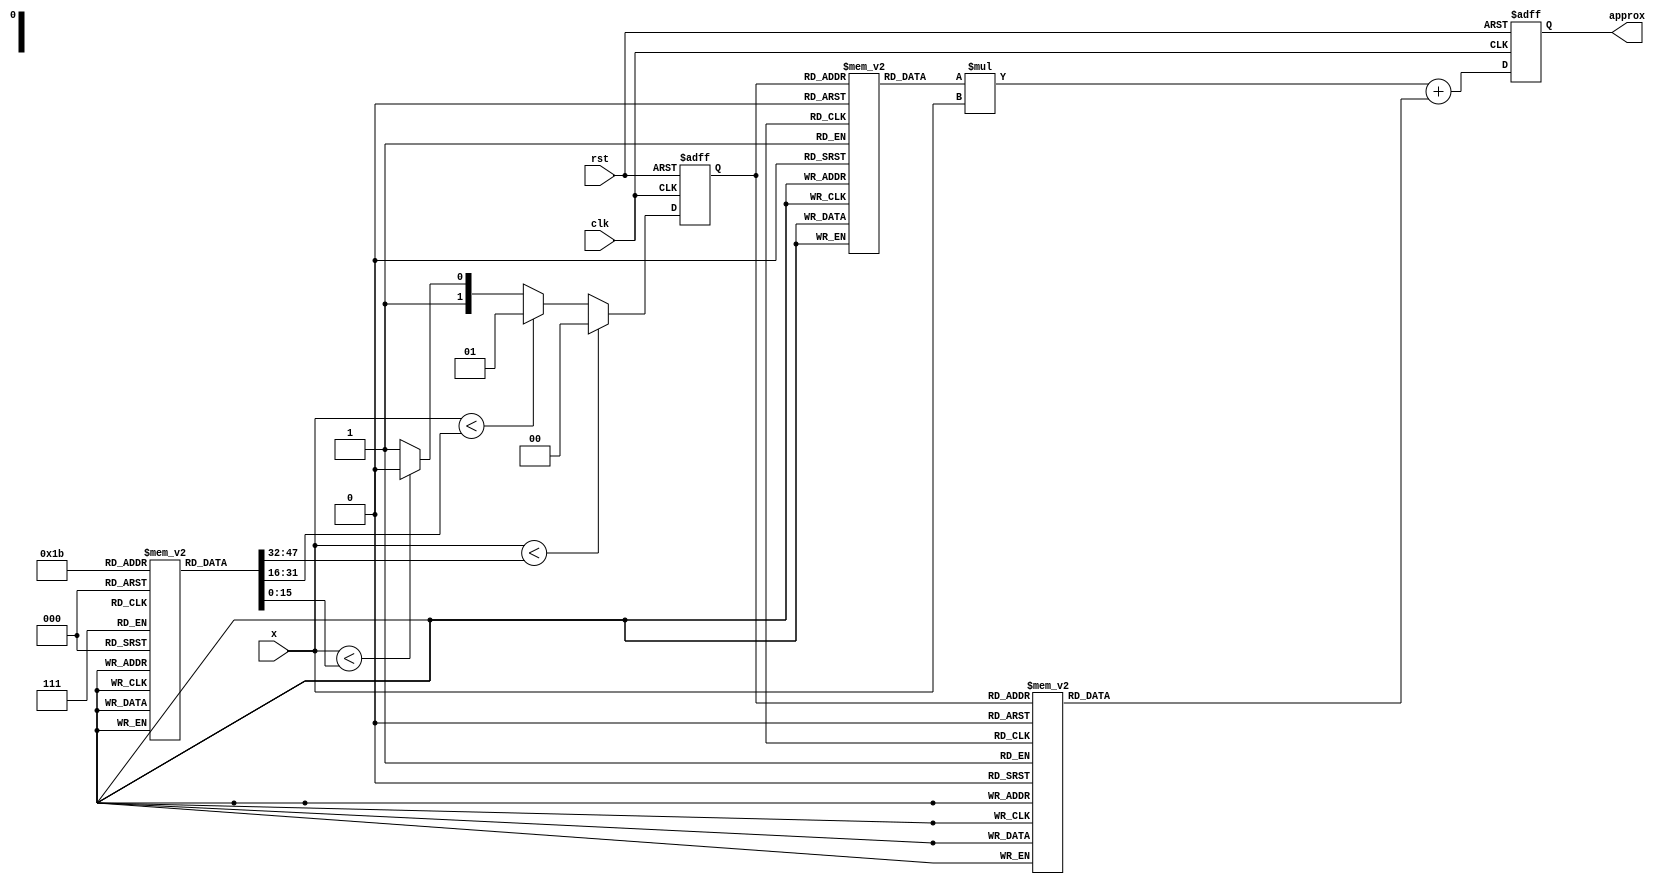
module reciprocal_pla (
    input wire [15:0] x,          // Input: Fixed-point representation of x
    output reg [15:0] approx,      // Output: Approximation of 1/x
    input wire clk,
    input wire rst
);

// Define the segments and their coefficients
parameter NUM_SEGMENTS = 4;
reg [15:0] breakpoints [0:NUM_SEGMENTS-1];
reg [15:0] slopes [0:NUM_SEGMENTS-1];
reg [15:0] intercepts [0:NUM_SEGMENTS-1];

// Initialize breakpoints and coefficients
initial begin
    // Example breakpoints for [1, 2) range
    breakpoints[0] = 16'h0001; // 1.0
    breakpoints[1] = 16'h0002; // 2.0
    breakpoints[2] = 16'h0003; // 3.0
    breakpoints[3] = 16'h0004; // 4.0

    // Example slopes and intercepts for each segment
    slopes[0] = 16'hFFFF;      // m for segment 1 (approx. -1)
    intercepts[0] = 16'h0001;   // b for segment 1

    slopes[1] = 16'h7FFF;      // m for segment 2 (approx. 0.5)
    intercepts[1] = 16'h0000;   // b for segment 2

    slopes[2] = 16'h3FFF;      // m for segment 3 (approx. 0.333)
    intercepts[2] = 16'h0000;   // b for segment 3

    slopes[3] = 16'h1FFF;      // m for segment 4 (approx. 0.25)
    intercepts[3] = 16'h0000;   // b for segment 4
end

reg [1:0] segment; // Segment selector

// Segment selection logic
always @(posedge clk or posedge rst) begin
    if (rst) begin
        segment <= 2'b00;
    end else begin
        if (x < breakpoints[1]) segment <= 2'b00; // Segment 1
        else if (x < breakpoints[2]) segment <= 2'b01; // Segment 2
        else if (x < breakpoints[3]) segment <= 2'b10; // Segment 3
        else segment <= 2'b11; // Segment 4
    end
end

// Approximation calculation
always @(posedge clk or posedge rst) begin
    if (rst) begin
        approx <= 16'h0000;
    end else begin
        // Calculate approx = m * x + b
        approx <= (slopes[segment] * x) + intercepts[segment];
    end
end

endmodule